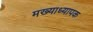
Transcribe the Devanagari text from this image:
मख्याध्यापक